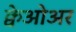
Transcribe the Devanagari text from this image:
क्वेओअर